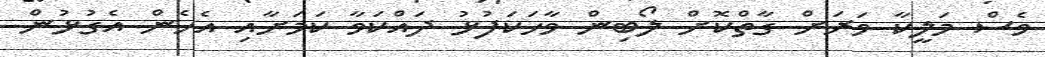
ވެސް މަލީކާ ވަރަށް ގާތްކޮށް ލޯބިން ވާހަކަފުޅު ދައްކަވާ ކަމަށާއި އެހެން އެގުޅުން